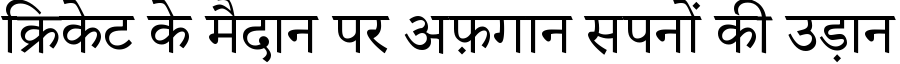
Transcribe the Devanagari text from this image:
क्रिकेट के मैदान पर अफ़गान सपनों की उड़ान